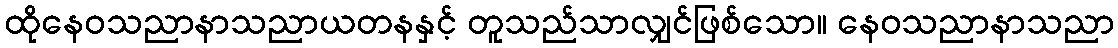
ထိုနေဝသညာနာသညာယတနနှင့် တူသည်သာလျှင်ဖြစ်သော။ နေဝသညာနာသညာ